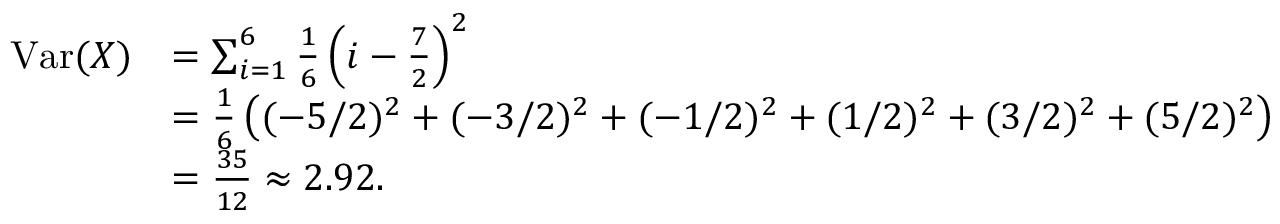
{ \begin{array} { r l } { \operatorname { V a r } ( X ) } & { = \sum _ { i = 1 } ^ { 6 } { \frac { 1 } { 6 } } \left( i - { \frac { 7 } { 2 } } \right) ^ { 2 } } \\ & { = { \frac { 1 } { 6 } } \left( ( - 5 / 2 ) ^ { 2 } + ( - 3 / 2 ) ^ { 2 } + ( - 1 / 2 ) ^ { 2 } + ( 1 / 2 ) ^ { 2 } + ( 3 / 2 ) ^ { 2 } + ( 5 / 2 ) ^ { 2 } \right) } \\ & { = { \frac { 3 5 } { 1 2 } } \approx 2 . 9 2 . } \end{array} }